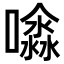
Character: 𡂊